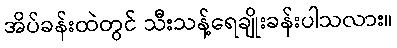
အိပ်ခန်းထဲတွင် သီးသန့်ရေချိုးခန်းပါသလား။